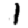
Digit: 1